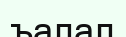
ъалал